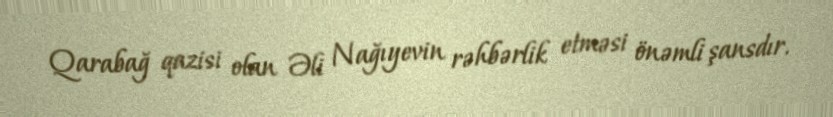
Qarabağ qazisi olan Əli Nağıyevin rəhbərlik etməsi önəmli şansdır.